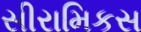
સીરામિકસ